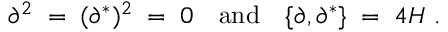
\partial ^ { 2 } \; = \; ( \partial ^ { * } ) ^ { 2 } \; = \; 0 \quad \mathrm { a n d } \quad \{ \partial , \partial ^ { * } \} \; = \; 4 H \ .